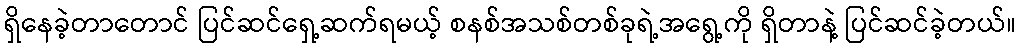
ရှိနေခဲ့တာတောင် ပြင်ဆင်ရှေ့ဆက်ရမယ့် စနစ်အသစ်တစ်ခုရဲ့အရွေ့ကို ရှိတာနဲ့ ပြင်ဆင်ခဲ့တယ်။